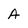
Character: A